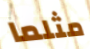
مثلما